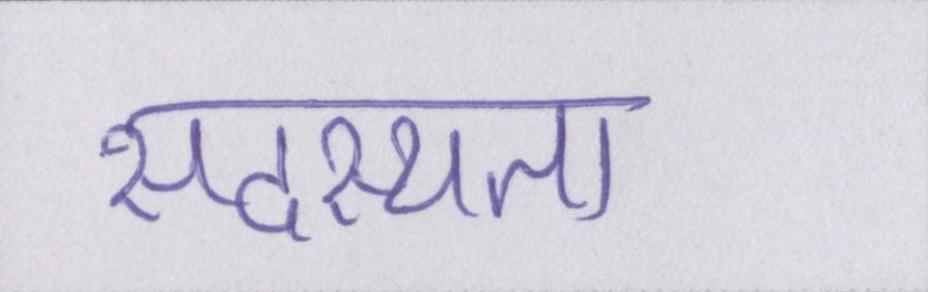
सदस्यता